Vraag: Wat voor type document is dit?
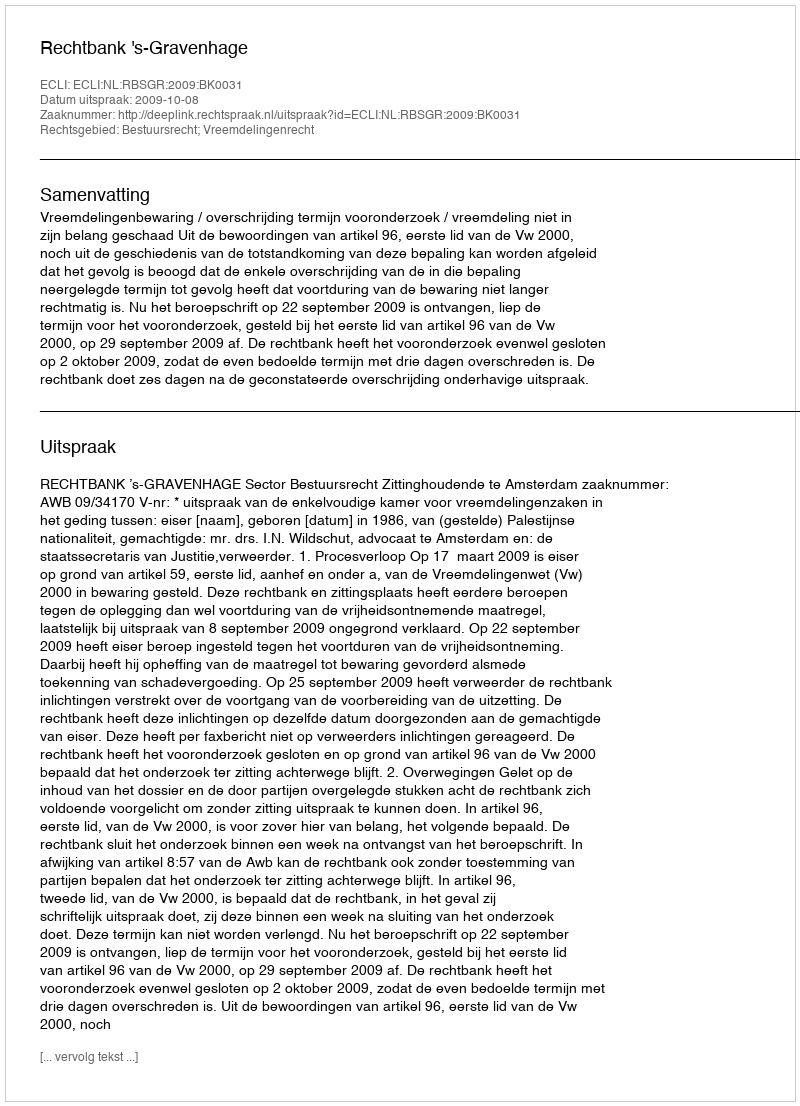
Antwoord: Uitspraak